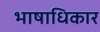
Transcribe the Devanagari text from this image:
भाषाधिकार